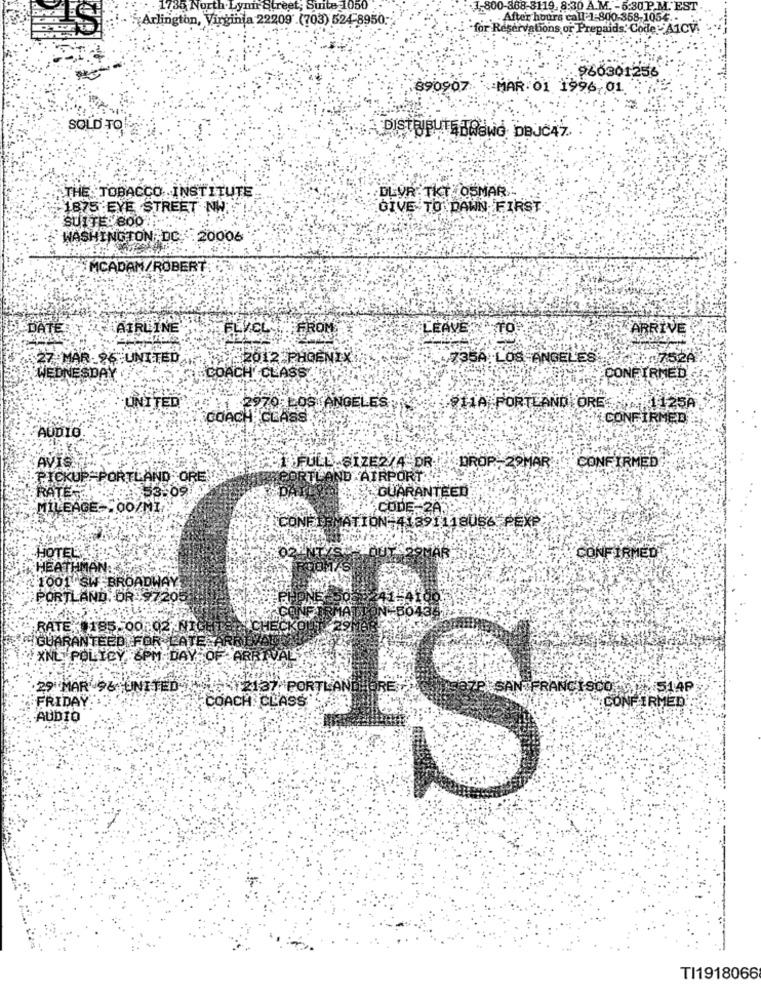
735 North Lynn atreet; Suite 1050 .
1-800-368-8119. 8:30 A.M. - 5:30.P. M. EST
Arlington, Virginia 22209 .(703) 524-8950-
After hours call 1-800-358-1054 .-
for Reservations or Prepaids. Code- A1CV!
960301256
890907 MAR 01 1996 01
SOLD TO
DISTRIBUTEHABWO BBJC4Z.
DLVR TKT OSMAR .:
THE TOBACCO INSTITUTE
1875 EYE STREET NW:
GIVE TO DAWN FIRST
SUITE: 800:
WASHINGTON DC. 20006
EMCADAM/ROBERT
DATE
AIRLINE:
FLVEL
FROM
LEAVES
ARRIVE
152012 PHOENIX
735A LOS ANGELES
27 MAR. 86 UNITED
WEDNESDAY
COACH'CLASS
CONFIRMED
UNITED
70 LOS ANGELES
S11A PORTLAND ORE 1125A
COACH, CLASS.
CONFIRMED
AUDIO
AVISMIN
SJUFULL SIZE2/4"DR.
DROP-29MAR
CONFIRMED
PICKUP-PORTLAND ORE
RTLAND AIRPORT:
GUARANTEED
RATE-C.
53.09
MILEAGE FOO/MI
CODE-2A.
ATION-41391118056 PEXP
HOTELS
02
29MAR
CONFIRMED
HEATHMAN:
1001 SW BROADWAY
PORTLAND, OR 97205
RATE: 185.00 02 NICE
GUARANTEED FOR LATE
XNL POLICY 6PM DAY OF ARRIVAL
29 MAR 96 UNITED
2512137 PORTLAND
SAN FRANCISCO WIN STAP
FRIDAY
COACH. CLASS'
CONFIRMED'
AUDIO
TI1918066